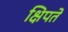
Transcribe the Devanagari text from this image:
क्षिपते